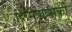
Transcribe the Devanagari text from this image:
दिमित्रोव्सकी